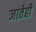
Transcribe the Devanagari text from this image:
जातेही